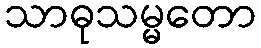
သာဓုသမ္မတော